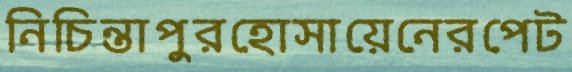
নিচিন্তাপুরহোসায়েনেরপেট